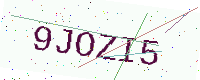
Text: 9JOZI5